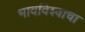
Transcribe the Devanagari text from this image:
भावविश्‍वाचा